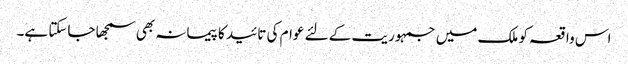
اس واقعہ کو ملک میں جمہوریت کے لئے عوام کی تائید کا پیمانہ بھی سمجھا جاسکتا ہے۔